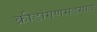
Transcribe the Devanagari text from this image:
क्रीडांगणमडगाव